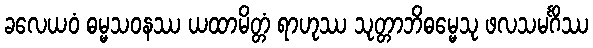
ခလေယဝံ ဓမ္မသဝနဿ ယထာမိတ္တံ ရာဟုဿ သုတ္တာဘိဓမ္မေသု ဖလသမင်္ဂိဿ